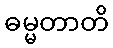
ဓမ္မတာတိ